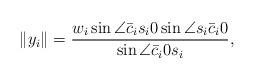
LaTeX: \begin{align*}\|y_{i}\|=\frac{w_{i}\sin\angle\bar{c}_{i}s_{i}0\sin\angle s_{i}\bar{c}_{i}0}{\sin\angle\bar{c}_{i}0s_{i}},\end{align*}